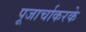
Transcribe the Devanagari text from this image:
पूजार्चाकरके